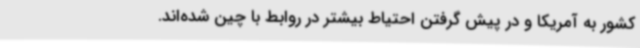
کشور به آمریکا و در پیش گرفتن احتیاط بیشتر در روابط با چین شده‌اند.